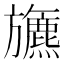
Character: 𣄦